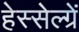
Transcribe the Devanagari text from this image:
हेस्सेल्ग्रें